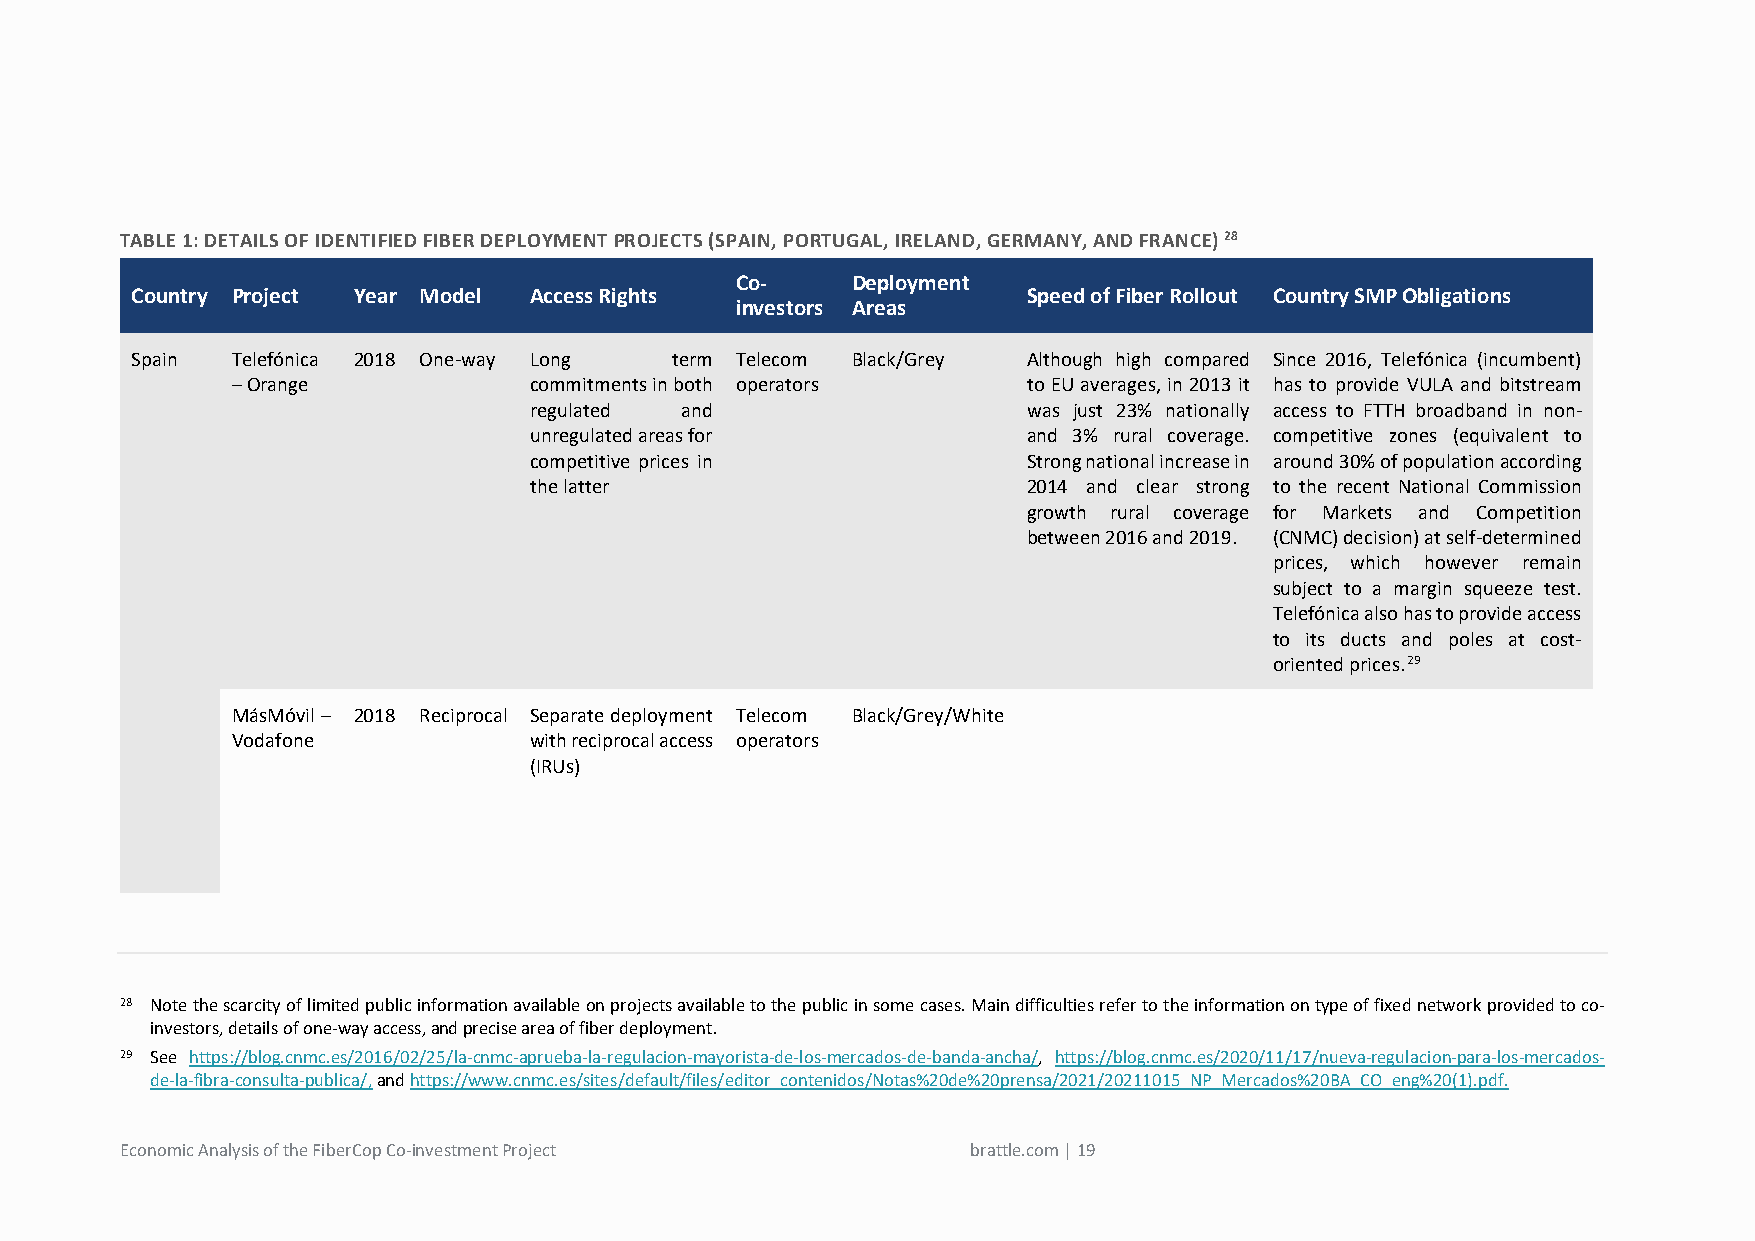
TABLE 1: DETAILS OF IDENTIFIED FIBER DEPLOYMENT PROJECTS (SPAIN, PORTUGAL, IRELAND, GERMANY, AND FRANCE) 28
 Co-    Deployment
 Country Project Year Model Access Rights                   Speed of Fiber Rollout Country SMP Obligations
 investors Areas
 Spain Telefónica 2018 One-way Long term Telecom Black/Grey Although high compared Since 2016, Telefónica (incumbent)
 – Orange            commitments in both operators    to EU averages, in 2013 it has to provide VULA and bitstream
 regulated and                    was just 23% nationally access to FTTH broadband in non-
 unregulated areas for            and 3% rural coverage. competitive zones (equivalent to
 competitive prices in            Strong national increase in around 30% of population according
 the latter                       2014 and clear strong to the recent National Commission
 growth rural coverage for Markets and Competition
 between 2016 and 2019. (CNMC) decision) at self-determined
 prices, which however remain
 subject to a margin squeeze test.
 Telefónica also has to provide access
 to its ducts and poles at cost-
 oriented prices.29
 MásMóvil – 2018 Reciprocal Separate deployment Telecom Black/Grey/White
 Vodafone            with reciprocal access operators
 (IRUs)
 28 Note the scarcity of limited public information available on projects available to the public in some cases. Main difficulties refer to the information on type of fixed network provided to co-
 investors, details of one-way access, and precise area of fiber deployment.
 29 See https://blog.cnmc.es/2016/02/25/la-cnmc-aprueba-la-regulacion-mayorista-de-los-mercados-de-banda-ancha/, https://blog.cnmc.es/2020/11/17/nueva-regulacion-para-los-mercados-
 de-la-fibra-consulta-publica/, and https://www.cnmc.es/sites/default/files/editor_contenidos/Notas%20de%20prensa/2021/20211015_NP_Mercados%20BA_CO_eng%20(1).pdf.
 Economic Analysis of the FiberCop Co-investment Project brattle.com | 19